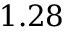
1 . 2 8